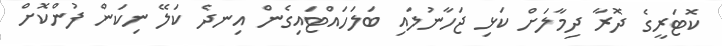
ކޮޓަރީގެ ދޮރާ ދިމާލަށް ކަޅި ޖަހާނުލައި ބަލަހައްޓައިގެން އިނދެ ކަލޭ ނިކަން ފުންކޮށް